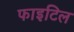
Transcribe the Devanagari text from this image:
फाइटिल